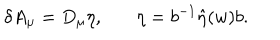
\delta A _ { \mu } = D _ { \mu } \eta , \ \ \ \eta = b ^ { - 1 } \hat { \eta } ( w ) b .